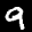
Label: 9